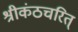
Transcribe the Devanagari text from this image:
श्रीकंठचरित्‌